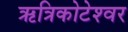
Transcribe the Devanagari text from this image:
ऋत्रिकोटेश्‍वर